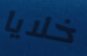
خلايا